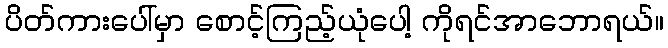
ပိတ်ကားပေါ်မှာ စောင့်ကြည့်ယုံပေါ့ ကိုရင်အာဘောရယ်။